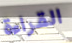
القراءة